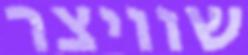
שוויצר